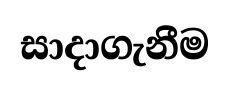
සාදාගැනීම